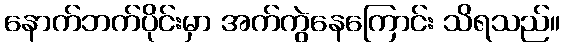
နောက်ဘက်ပိုင်းမှာ အက်ကွဲနေကြောင်း သိရသည်။